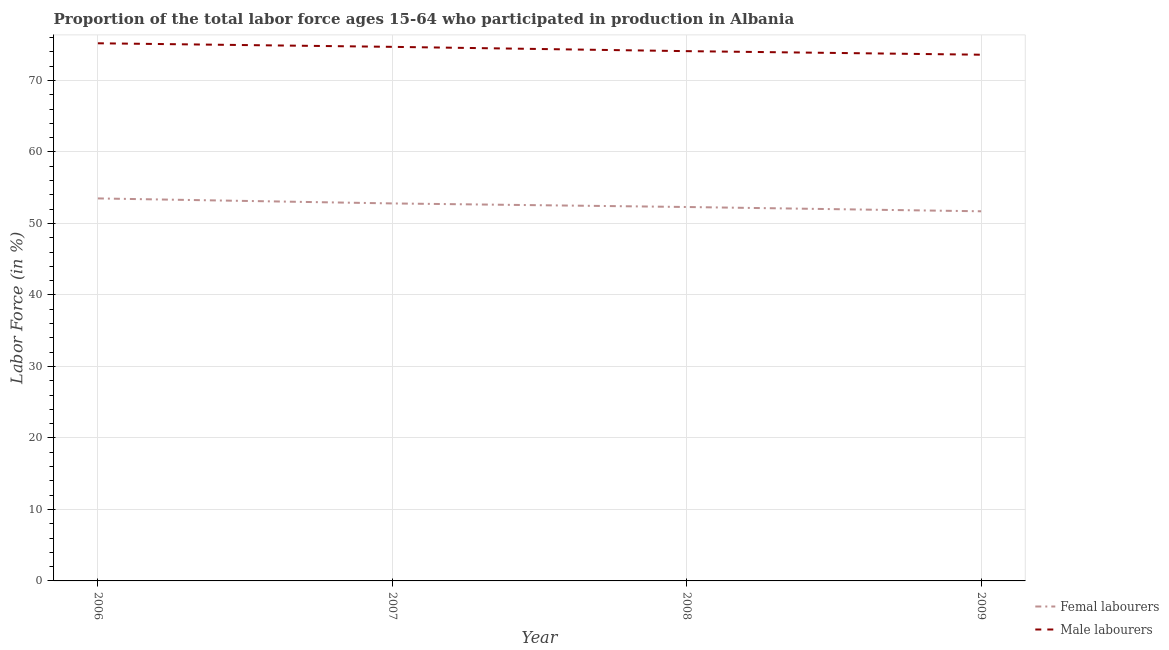
| Year | Femal labourers | Male labourers |
 | --- | --- | --- |
 | 2006 | 53.5 | 75.2 |
 | 2007 | 52.8 | 74.7 |
 | 2008 | 52.3 | 74.1 |
 | 2009 | 51.7 | 73.6 |